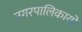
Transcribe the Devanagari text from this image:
नगरपालिकायों